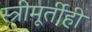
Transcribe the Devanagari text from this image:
स्त्रीमूर्तीही